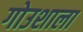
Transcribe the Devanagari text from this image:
गोउशाला